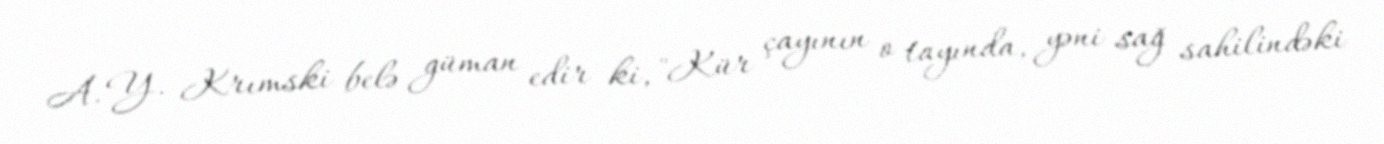
A. Y. Krımski belə güman edir ki, "Kür çayının o tayında, yəni sağ sahilindəki